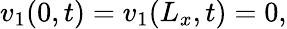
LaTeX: v_{1}(0,t)=v_{1}(L_{x},t)=0,